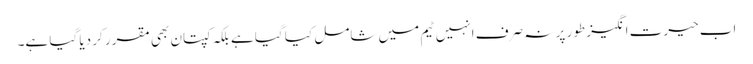
اب حیرت انگیز طور پر نہ صرف انہیں ٹیم میں شامل کیا گیا ہے بلکہ کپتان بھی مقرر کر دیا گیا ہے۔